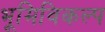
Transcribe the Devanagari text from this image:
भूमिविकल्प